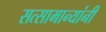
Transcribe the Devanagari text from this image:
सत्सामान्यांनी